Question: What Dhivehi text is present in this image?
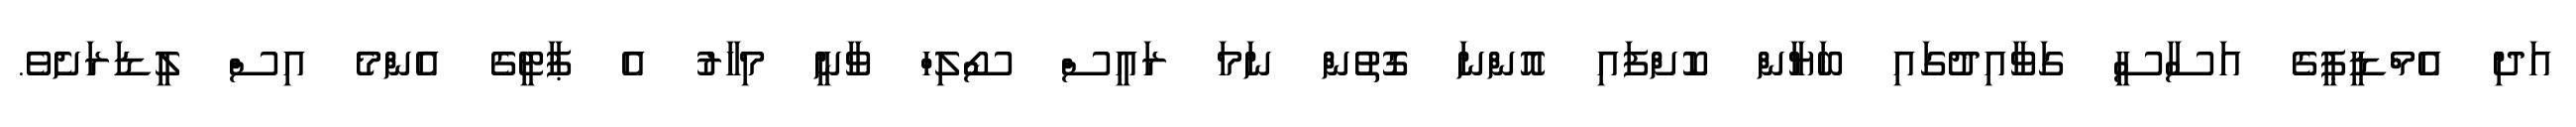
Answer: އަދި އެމްޑީޕީގެ އަސާސީ ގަވާއިދުގައި ބަޔާން ކޮށްފައި އޮންނަ ގޮތުން ނަމަ ރައީސް ސޯލިހް ވާނީ މިހާރު އެ ޕާޓީގެ އެންމެ އިސް ލީޑަރަށެވެ.